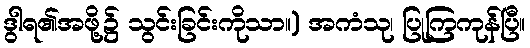
ဒွါရ၏အဖို့၌ သွင်းခြင်းကိုသာ။) အကံသု၊ ပြုကြကုန်ပြီ။